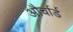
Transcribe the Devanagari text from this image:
और्चार्ड